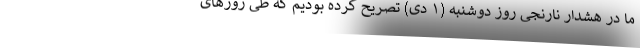
ما در هشدار نارنجی روز دوشنبه (۱ دی) تصریح کرده بودیم که طی روزهای